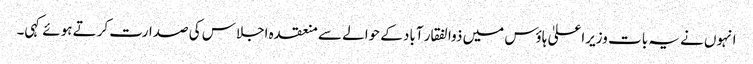
انہوں نے یہ بات وزیراعلیٰ ہاوٴس میں ذوالفقار آباد کے حوالے سے منعقدہ اجلاس کی صدارت کرتے ہوئے کہی۔